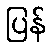
ပြန်